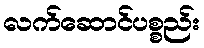
လက်ဆောင်ပစ္စည်း